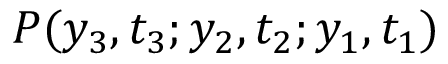
P ( y _ { 3 } , t _ { 3 } ; y _ { 2 } , t _ { 2 } ; y _ { 1 } , t _ { 1 } )